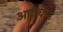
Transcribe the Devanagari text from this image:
अप्राचीन